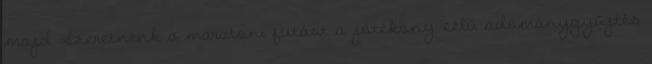
majd Szeretnénk a maratoni futást a jótékony célú adománygyűjtés